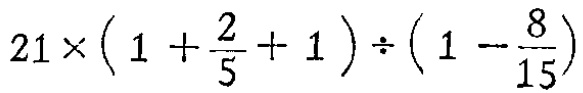
\(21\times\left(1 + \frac{2}{5}+ 1\right)\div\left(1 - \frac{8}{15}\right)\)